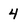
Character: 4